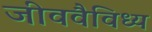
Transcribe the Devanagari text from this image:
जीववैविध्य